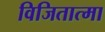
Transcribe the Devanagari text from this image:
विजितात्मा